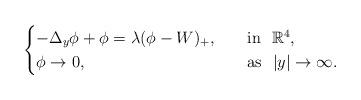
LaTeX: \begin{align*}\begin{cases}-\Delta _y\phi +\phi =\lambda (\phi -W)_+,\quad&\mathrm{in} \ \ \mathbb{R} ^4,\\\phi \rightarrow 0,&\mathrm{as} \ \ |y|\rightarrow \infty .\\\end{cases}\end{align*}